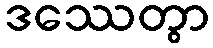
ဒဿေတွာ